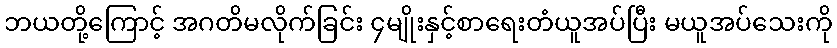
ဘယတို့ကြောင့် အဂတိမလိုက်ခြင်း ၄မျိုးနှင့်စာရေးတံယူအပ်ပြီး မယူအပ်သေးကို